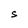
Character: S